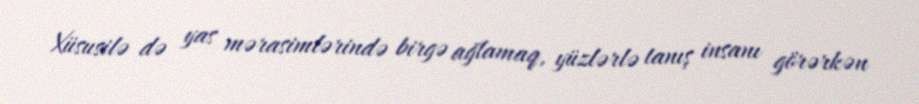
Xüsusilə də yas mərasimlərində birgə ağlamaq, yüzlərlə tanış insanı görərkən